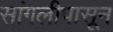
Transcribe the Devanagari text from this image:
सांगलीपासून